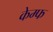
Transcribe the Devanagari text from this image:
केम्फ